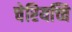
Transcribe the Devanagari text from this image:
चेरियच्चि